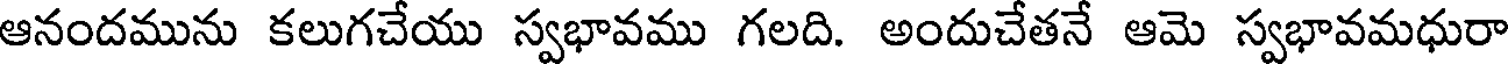
ఆనందమును కలుగచేయు స్వభావము గలది. అందుచేతనే ఆమె స్వభావమధురా